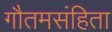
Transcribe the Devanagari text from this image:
गौतमसंहिता